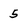
Character: 5